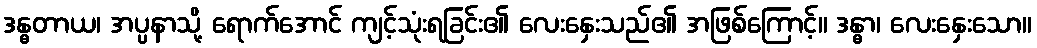
ဒန္ဓတာယ၊ အပ္ပနာသို့ ရောက်အောင် ကျင့်သုံးရခြင်း၏ လေးနှေးသည်၏ အဖြစ်ကြောင့်။ ဒန္ဓာ၊ လေးနှေးသော။